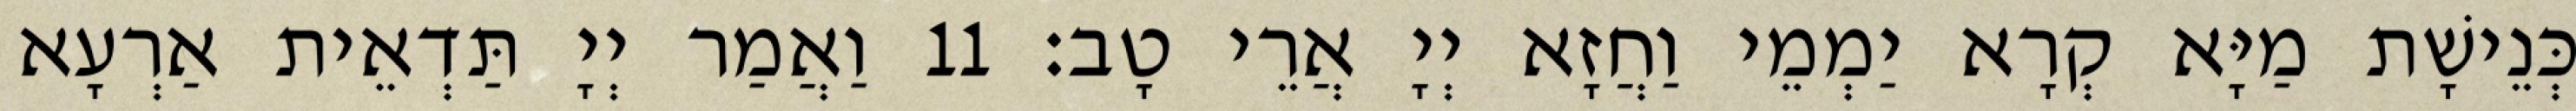
כְּנֵישָׁת מַיָּא קְרָא יַמְמֵי וַחֲזָא יְיָ אֲרֵי טָב׃ 11 וַאֲמַר יְיָ תַּדְאֵית אַרְעָא